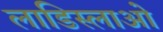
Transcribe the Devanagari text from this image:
लाडिस्लाओ